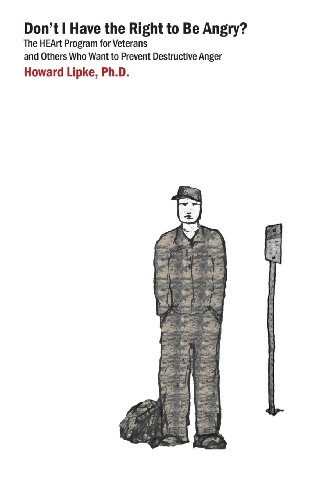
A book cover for Don't I Have the Right to Be Angry?: The Heart Program for Veterans and Others Who Want to Prevent Destructive Anger; Howard J. Lipke; Self-Help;